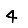
Digit: 4